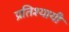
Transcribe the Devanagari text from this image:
प्रतिश्यायी